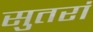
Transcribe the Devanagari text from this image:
सुतरां